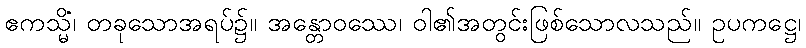
ဧကသ္မိံ၊ တခုသောအရပ်၌။ အန္တောဝဿေ၊ ဝါ၏အတွင်းဖြစ်သောလသည်။ ဥပကဋ္ဌေ၊